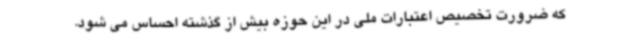
که ضرورت تخصیص اعتبارات ملی در این حوزه بیش از گذشته احساس می شود.